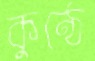
কুণ্ঠে